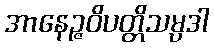
အာနေဉ္ဇဝိပတ္တိသမ္ပဒါ